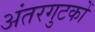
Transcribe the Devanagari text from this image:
अंतरगुटकों